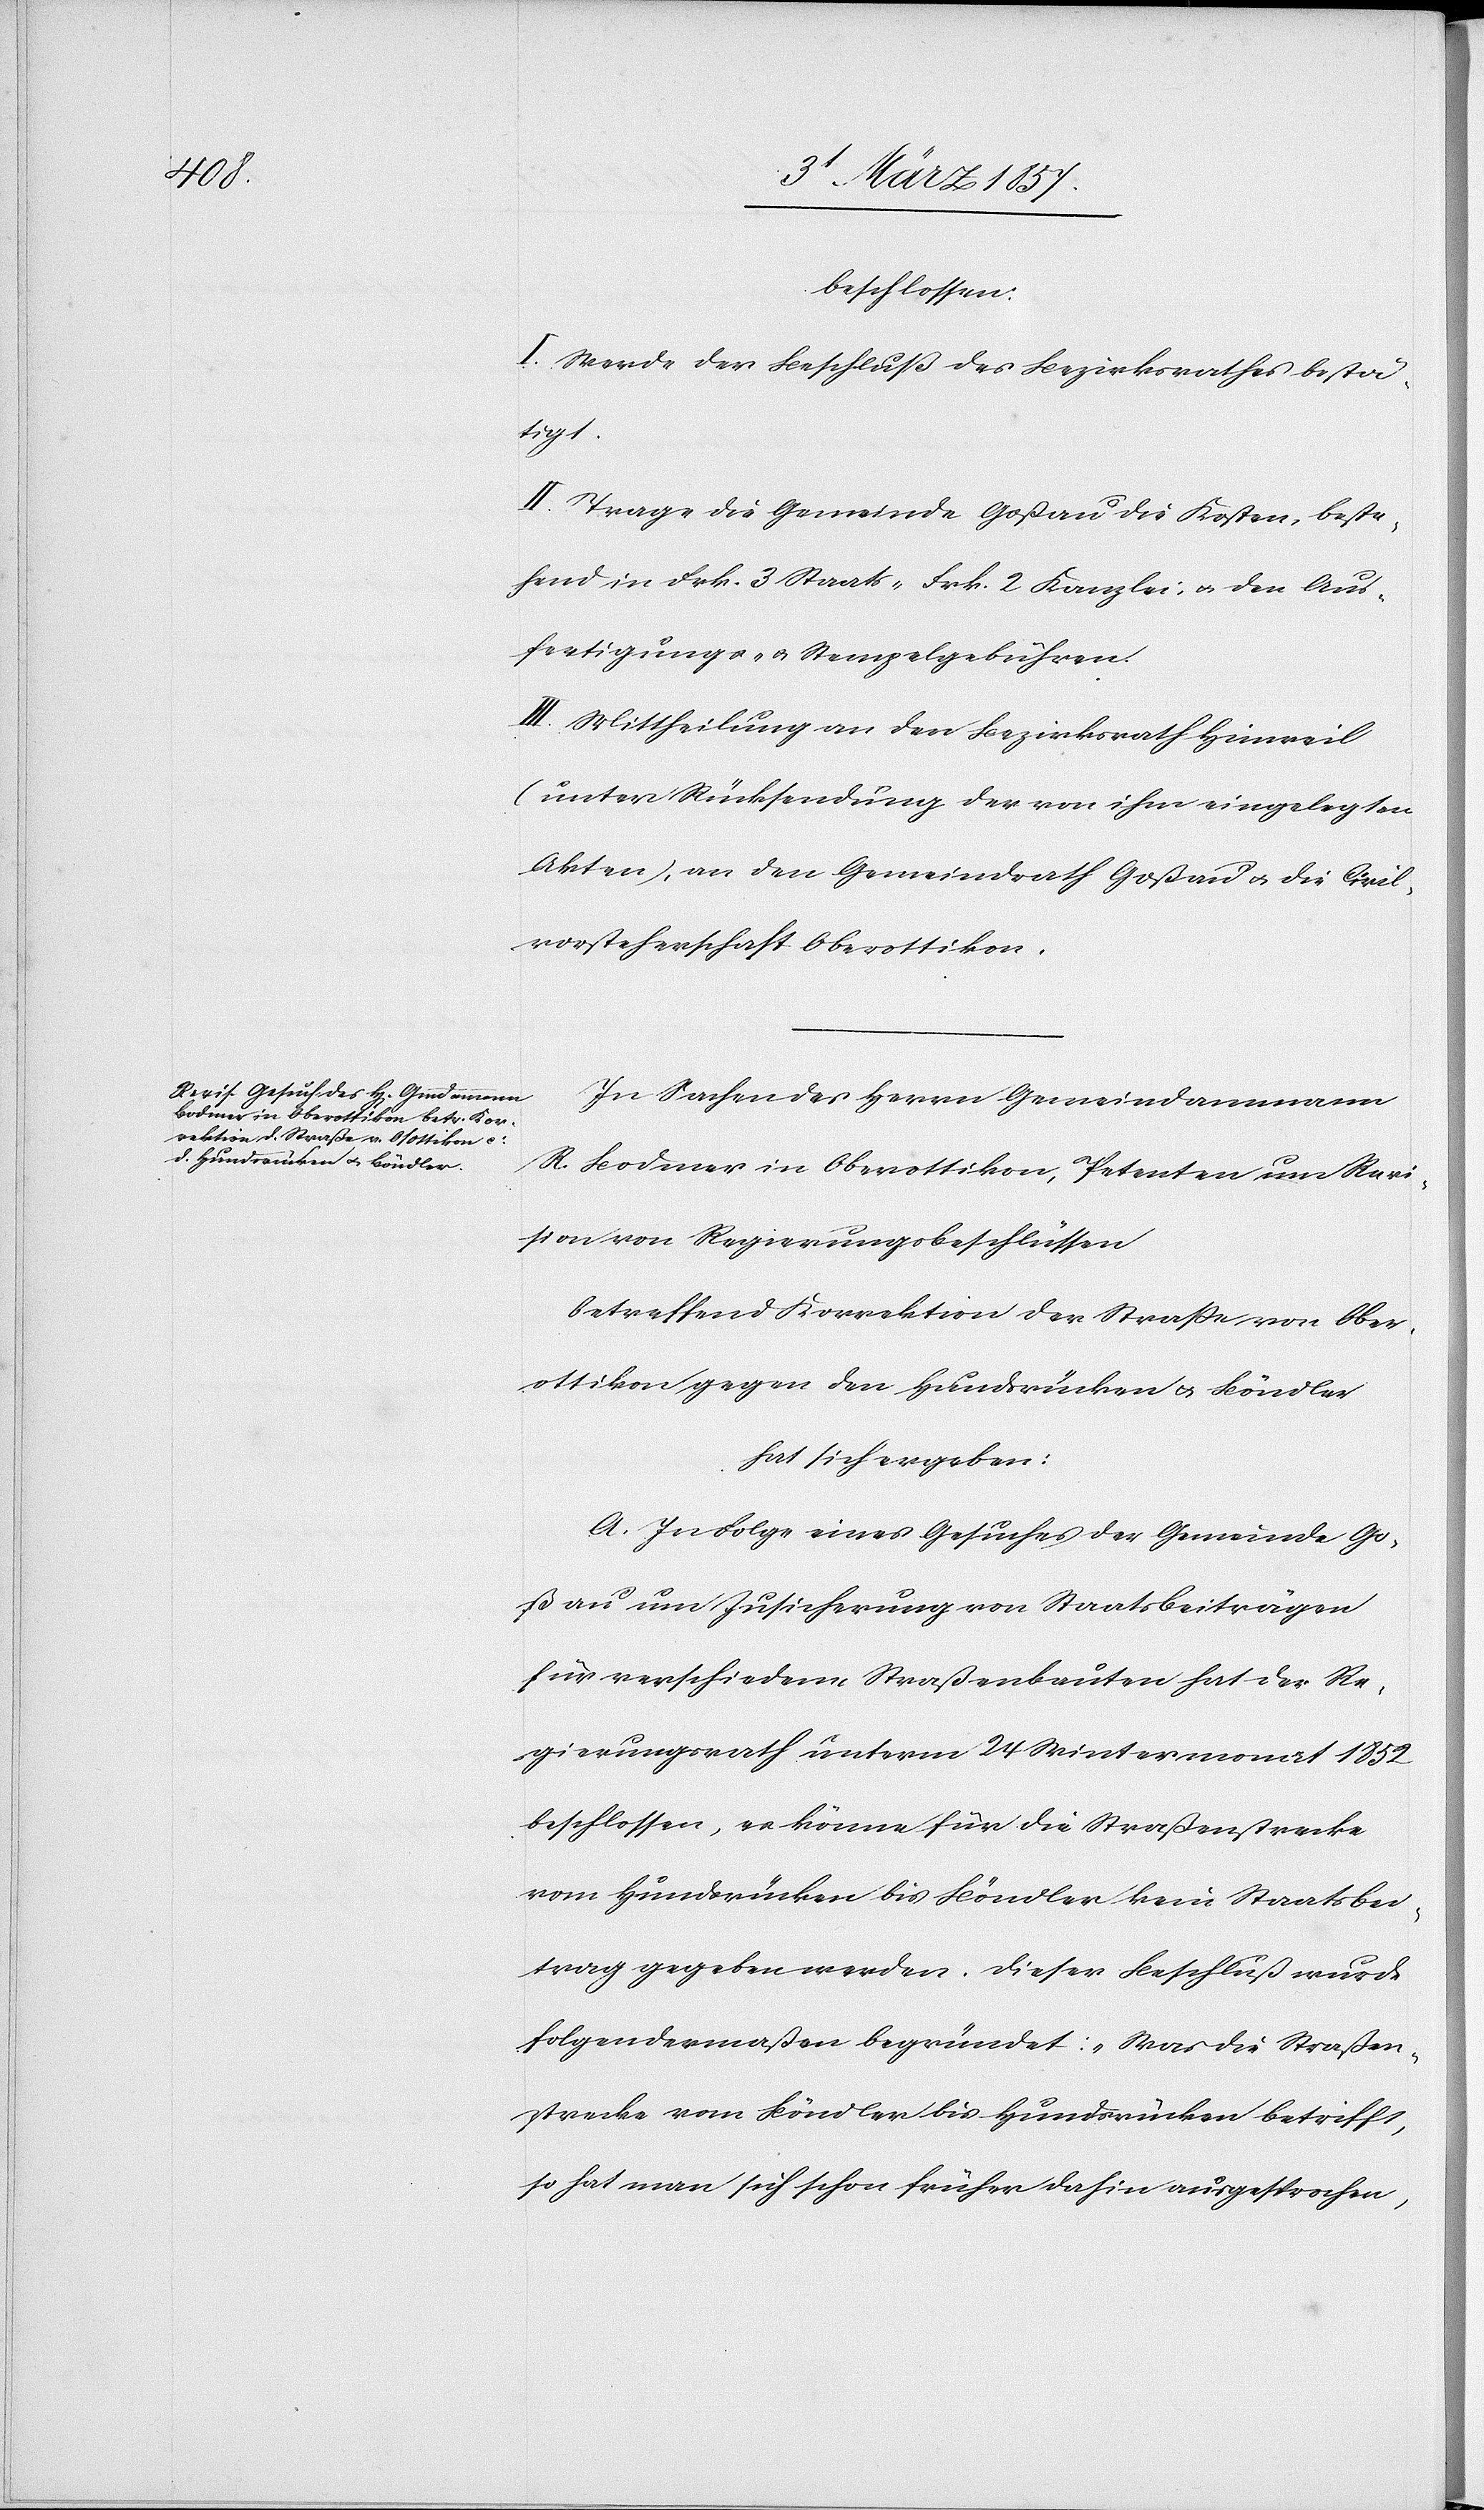
beschlossen:
I. Werde der Beschluß des Bezirksrathes bestä¬
tigt.
II. Trage die Gemeinde Goßau die Kosten, beste¬
hende in Frk. 3 Staats-[,] Frk. 2 Kanzlei- u. den Aus¬
fertigungs- u. Stempelgebühren.
III. Mittheilung an den Bezirksrath Hinweil
(unter Rücksendung der von ihm eingelegten
Akten), an den Gemeindrath Goßau u. die Civil¬
vorsteherschaft Oberottikon.
In Sachen des Herrn Gemeindammann
R. Bodmer in Oberottikon, Petenten um Revi¬
sion von Regierungsbeschlüssen
betreffend Korrektion der Straße von Ober¬
ottikon gegen den Hundsrücken u. Böndler
hat sich ergeben:
A. In Folge eines Gesuches der Gemeinde Go¬
ßau um Zusicherung von Staatsbeiträgen
für verschiedene Straßenbauten hat der Re¬
gierungsrath unterm 24 Weinmonat 1852
beschlossen, er könne für die Straßenstrecke
vom Hundsrücken bis Böndler kein Staatsbei¬
trag gegen werden. Dieser Beschluß wurde
folgendermaßen begründet: „Was die Straßen¬
strecke vom Böndler bis Hundsrücken betrifft,
so hat man sich schon früher dahin ausgesprochen,